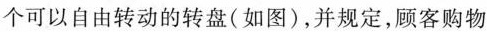
个可以自